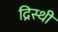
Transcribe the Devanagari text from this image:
द्रिस्थी